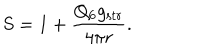
LaTeX: S = 1 + \frac { Q _ { 6 } g _ { \mathrm { s t r } } } { 4 \pi r } .